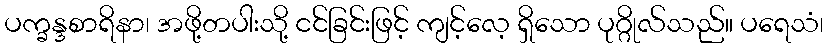
ပက္ခန္ဒစာရိနာ၊ အဖို့တပါးသို့ ငင်ခြင်းဖြင့် ကျင့်လေ့ ရှိသော ပုဂ္ဂိုလ်သည်။ ပရေသံ၊